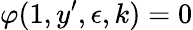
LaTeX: \varphi(1,y^{\prime},\epsilon,k)=0